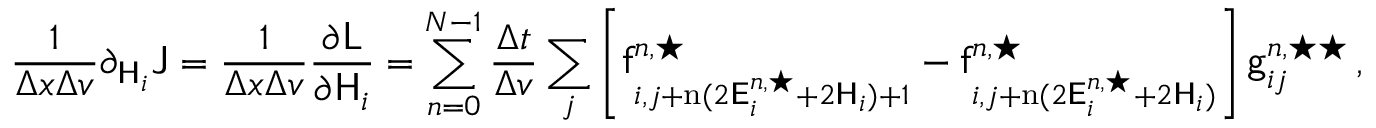
\frac { 1 } { \Delta x \Delta v } \partial _ { \mathsf { H } _ { i } } \mathsf { J } = \frac { 1 } { \Delta x \Delta v } \frac { \partial \mathsf { L } } { \partial \mathsf { H } _ { i } } = \sum _ { n = 0 } ^ { N - 1 } \frac { \Delta t } { \Delta v } \sum _ { j } \left[ \mathsf { f } _ { i , j + \mathrm { n } ( 2 \mathsf { E } _ { i } ^ { n , \star } + 2 \mathsf { H } _ { i } ) + 1 } ^ { n , \star } - \mathsf { f } _ { i , j + \mathrm { n } ( 2 \mathsf { E } _ { i } ^ { n , \star } + 2 \mathsf { H } _ { i } ) } ^ { n , \star } \right] \mathsf { g } _ { i j } ^ { n , \star \star } \, ,